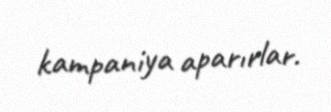
kampaniya aparırlar.